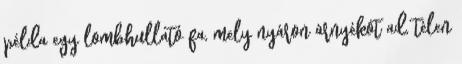
példa egy lombhullató fa, mely nyáron árnyékot ad, télen